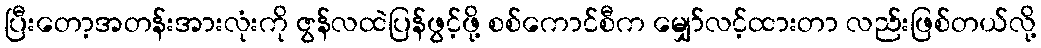
ပြီးတော့အတန်းအားလုံးကို ဇွန်လထဲပြန်ဖွင့်ဖို့ စစ်ကောင်စီက မျှော်လင့်ထားတာ လည်းဖြစ်တယ်လို့